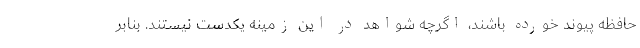
حافظه پیوند خورده باشند، اگرچه شواهد در این زمینه یکدست نیستند. بنابر